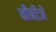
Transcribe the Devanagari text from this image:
बीबीजे